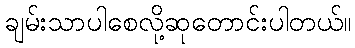
ချမ်းသာပါစေလို့ဆုတောင်းပါတယ်။